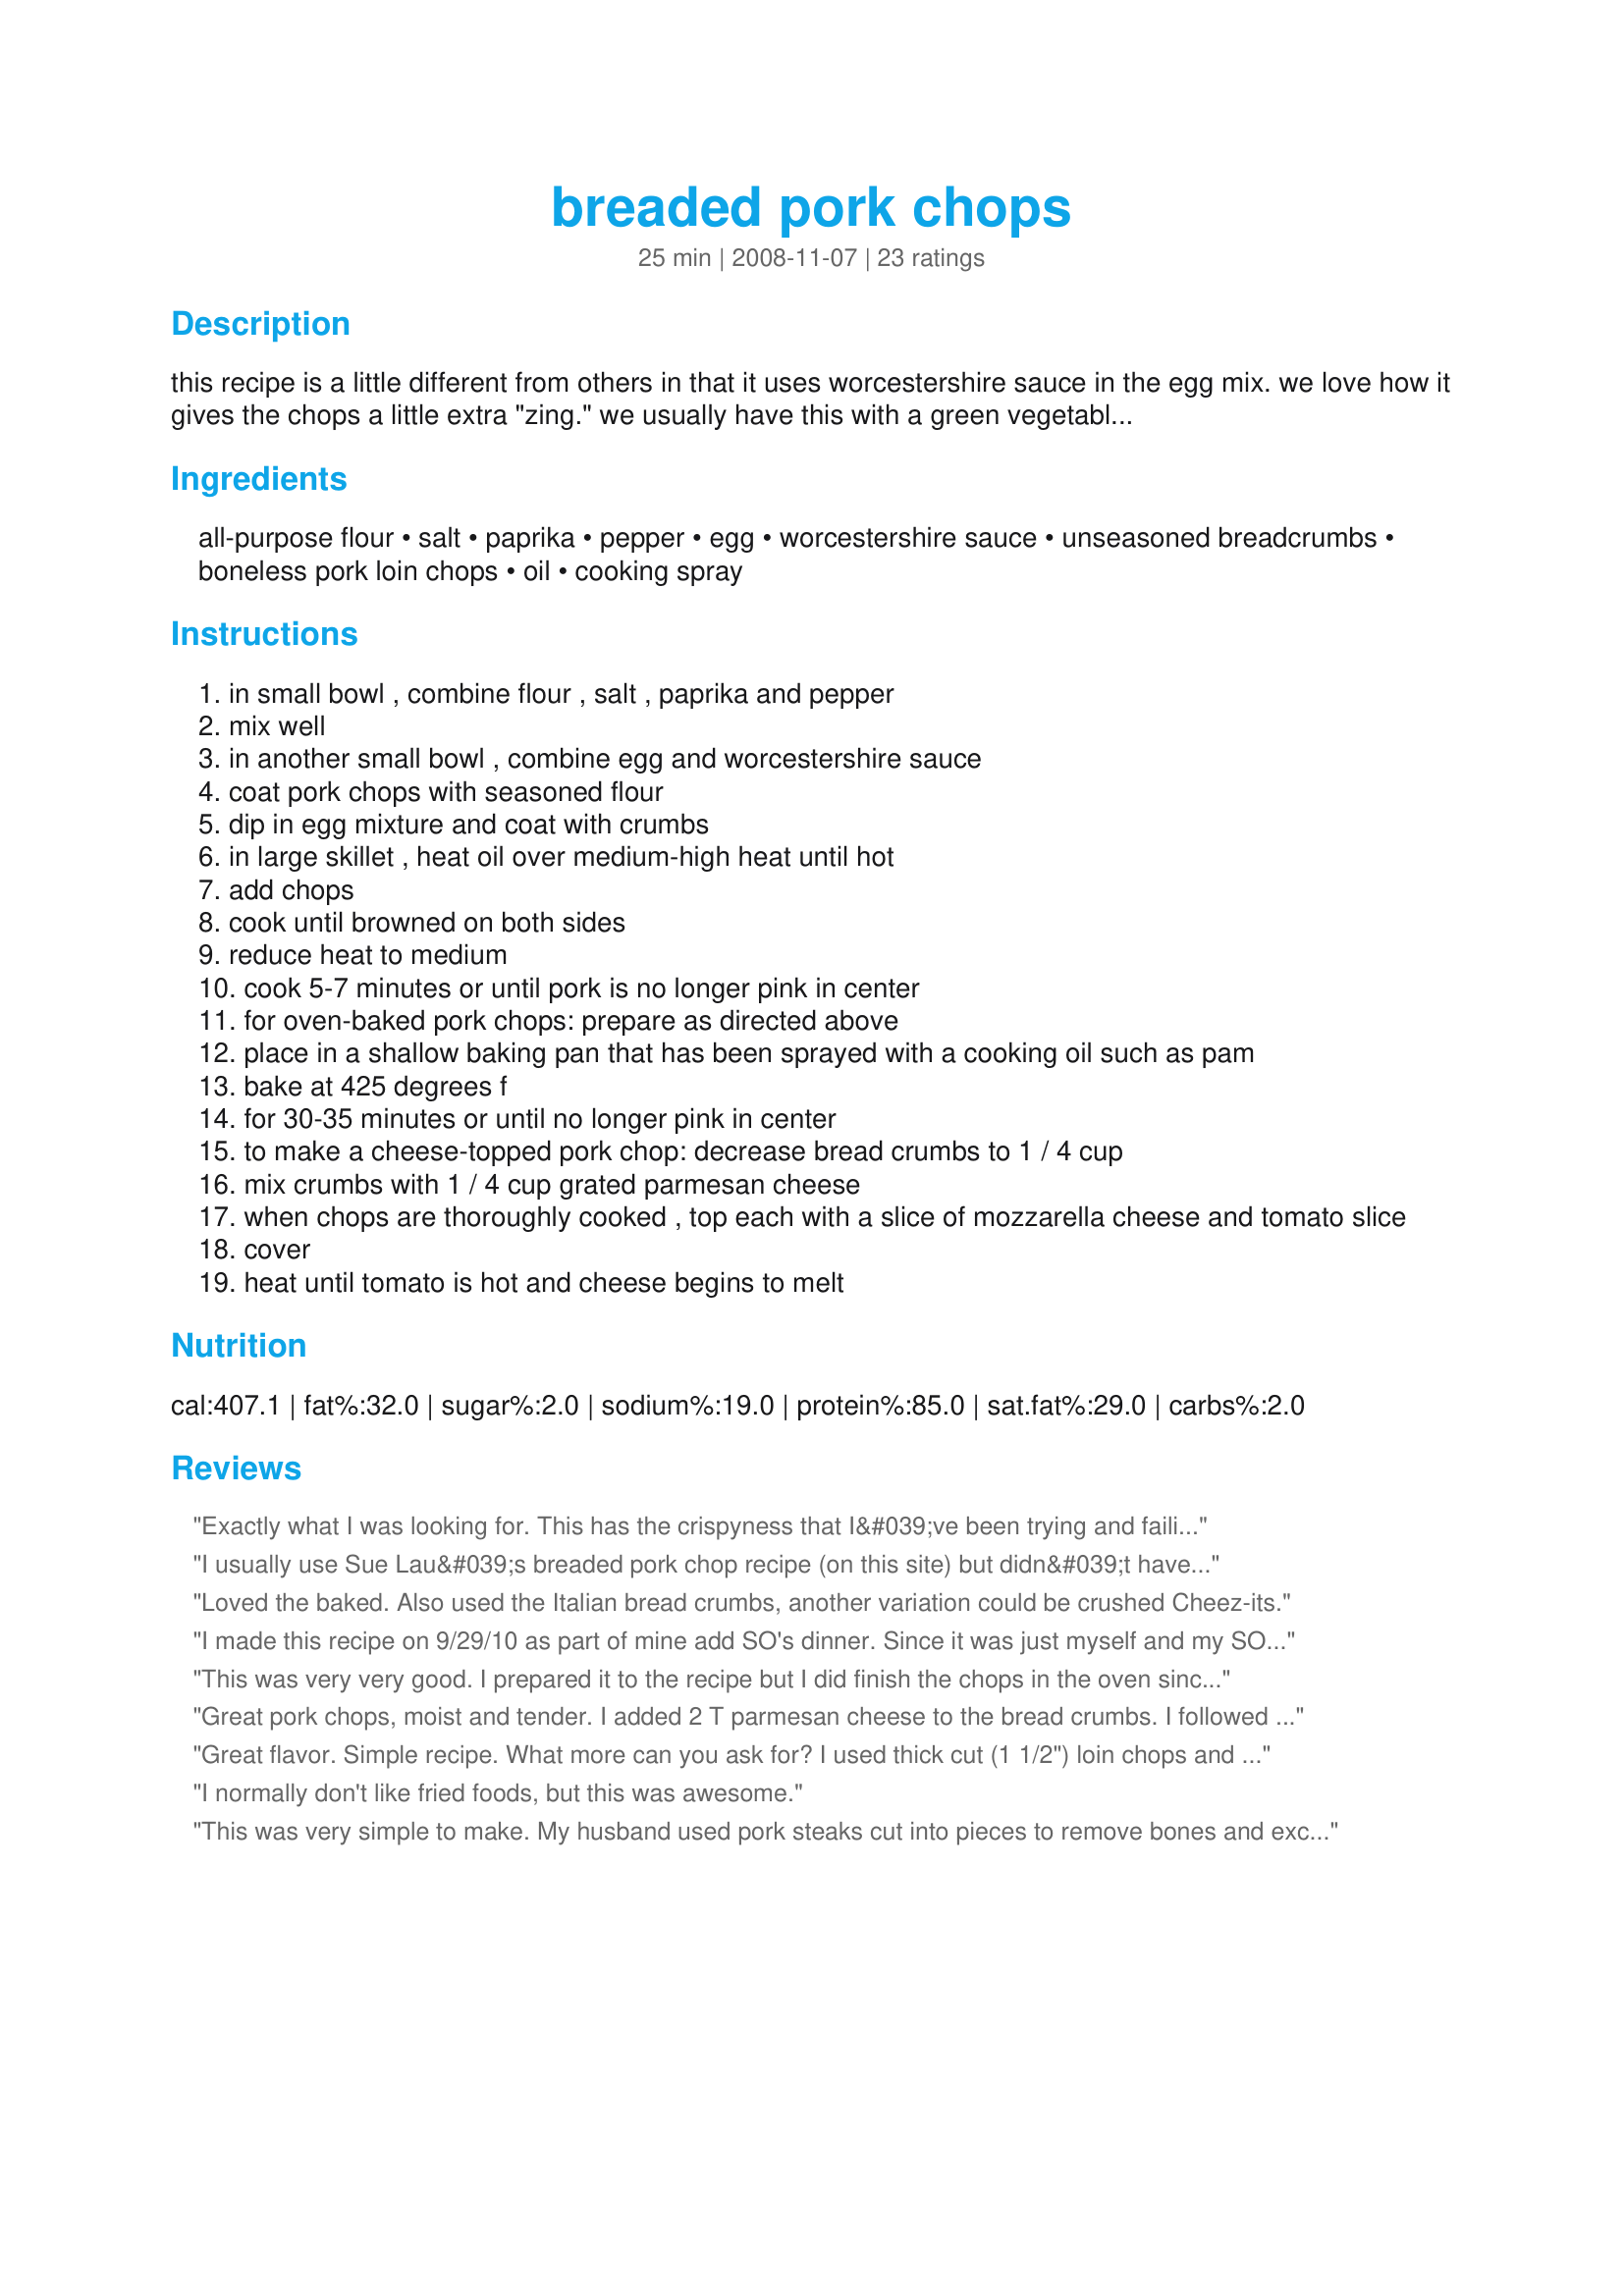
breaded pork chops
Preparation time: 25 minutes

this recipe is a little different from others in that it uses worcestershire sauce in the egg mix. we love how it gives the chops a little extra "zing." we usually have this with a green vegetable and potatoes. i've also listed a variation of this recipe to make a cheese-topped pork chop. note: if you're making the chops without cheese, you might want to try learninscratch's directions for a delicious orange sauce -- they can be found in her review.

Ingredients:
all-purpose flour, salt, paprika, pepper, egg, worcestershire sauce, unseasoned breadcrumbs, boneless pork loin chops, oil, cooking spray

Steps:
in small bowl , combine flour , salt , paprika and pepper
mix well
in another small bowl , combine egg and worcestershire sauce
coat pork chops with seasoned flour
dip in egg mixture and coat with crumbs
in large skillet , heat oil over medium-high heat until hot
add chops
cook until browned on both sides
reduce heat to medium
cook 5-7 minutes or until pork is no longer pink in center
for oven-baked pork chops: prepare as directed above
place in a shallow baking pan that has been sprayed with a cooking oil such as pam
bake at 425 degrees f
for 30-35 minutes or until no longer pink in center
to make a cheese-topped pork chop: decrease bread crumbs to 1 / 4 cup
mix crumbs with 1 / 4 cup grated parmesan cheese
when chops are thoroughly cooked , top each with a slice of mozzarella cheese and tomato slice
cover
heat until tomato is hot and cheese begins to melt

Reviews:
Exactly what I was looking for. This has the crispyness that I&#039;ve been trying and failing to recreate! Great flavour. I baked mine.
I usually use Sue Lau&#039;s breaded pork chop recipe (on this site) but didn&#039;t have cornflakes. This worked out fine with things I had on hand. I used pork steaks that I brined first (I ALWAYS brine pork - learned my lesson) pan fried to brown, then put &#039;em in the oven for about 20 min on 400. (they were fairly thin.) Oh, these were so good. Will do them this way again. I&#039;ll use Sue&#039;s recipe, too, as an alternate.
Loved the baked. Also used the Italian bread crumbs, another variation could be crushed Cheez-its.
I made this recipe on 9/29/10 as part of mine add SO's dinner. Since it was just myself and my SO, only two chops were used. A few changes were made to the recipe and they as follows, I pounded the chops to be a little thinner so they would cook more evenly. Also since my SO doesn't care too much for Worcestershire Sauce so it was cut down to 1/2 teaspoon. A bit more flour and breadcrumbs was used since the chops were thin.Instead of baking like some other reviewers did, mine were pan-fried. We both enjoyed the taste and this will be made again. Thank you for posting and, " Keep Smiling :) "
This was very very good. I prepared it to the recipe but I did finish the chops in the oven since they were a little thicker. I also added an orange pan sauce and it added a really nice flavor. 1/4 cup orange juice, 1/4 cup chix broth, 2T butter and a tsp of orange zest. Add the liquids and zest to the pan you fried your chops in and let it reduce to 1/4 cup of liquid, tilt the pan and whisk in the butter and zest until melted and spoon over your completed chops. Very good! (if I do say so myself :)))
Great pork chops, moist and tender.
I added 2 T parmesan cheese to the bread crumbs. I followed the instructions for baking and everyone enjoyed them. I will make this again, we all enjoyed it. Thx Taste Tester!
Great flavor. Simple recipe. What more can you ask for? I used thick cut (1 1/2") loin chops and they were perfectly cooked after 35 minutes. I only had Italian breadcrumbs but the flavor was still very good. I will be making these again soon.
I normally don't like fried foods, but this was awesome.
This was very simple to make. My husband used pork steaks cut into pieces to remove bones and excess fat, and we baked them instead of pan-frying. Very tasty.
The best chops ever! (Shhhh, don't tell my parents or grandparents) lol. I didn't have enough flour (1 table spoon barely, lol) so I put it in a blender cup and used the shaker style top to sprinkle the mixture of dry ingredients (minus bread crumbs) onto the chops. The people in this house love me tonight! ??
pan fried with seasoned bread crumbs. it was great!
My Husband and I loved this recipe !! It was easy and delicious. I fried the chops in 1-2 tablespoons of olive oil instead of baking them. They were crunchy and flavorful. Thank you for the recipe !!
So yummy! This was really simple and delicious. I used panko breadcrumbs which gave it an extra crunch.
Extremely simple and very tasty. I mixed more flour mix than the recipe called for. Was not enough for 4 chops.
Delicious recipe! Super easy and quick, but my chops did turn out a little dry after baking for 30 minutes (thanks to my internal thermometer being broken). Still tasted great dryness aside!
My 6 year son said they were better then chicken nuggets (which is a big deal coming from a kid). I baked mine. The only difference is I used Italian breadcrumbs instead of plain.
Another keeper for us, as we oven baked these. Added a tad more pepper, other than that very simple and delicious. Made for Auz/Nz swap #30
Perfect and delicious. Pork chops were very moist and flavorful. I did use Italian seasoned bread crumbs though and that made a huge difference. So good. Will definetly make again.
making these tonight ! 1 Question , do you cover them or not ?
Great, simple recipe. I needed a pork chop recipe and it was featured today, so I thought I'd try it. The whole family liked it and we will be making it again. I love that it was so simple with things I have here anyway. I doubled the recipe as we have a big family, but they came out great in the oven. Thanks!
This was very good! Even hubby commented on the breading. I cooked mine in the oven and I'll definitely make these again! Made for Zaar Cookbook Tag Game 2010.
This was a very tasty recipe...we love the zingy batter. I cooked mine via the oven. My hubby and I enjoyed them very much (they were a little dry this time around but only because I prepared them too far in advance before my hubby came home from work). I adjusted the amount of flour mixture because our chops were quite large. Will definitely try this one again :)
